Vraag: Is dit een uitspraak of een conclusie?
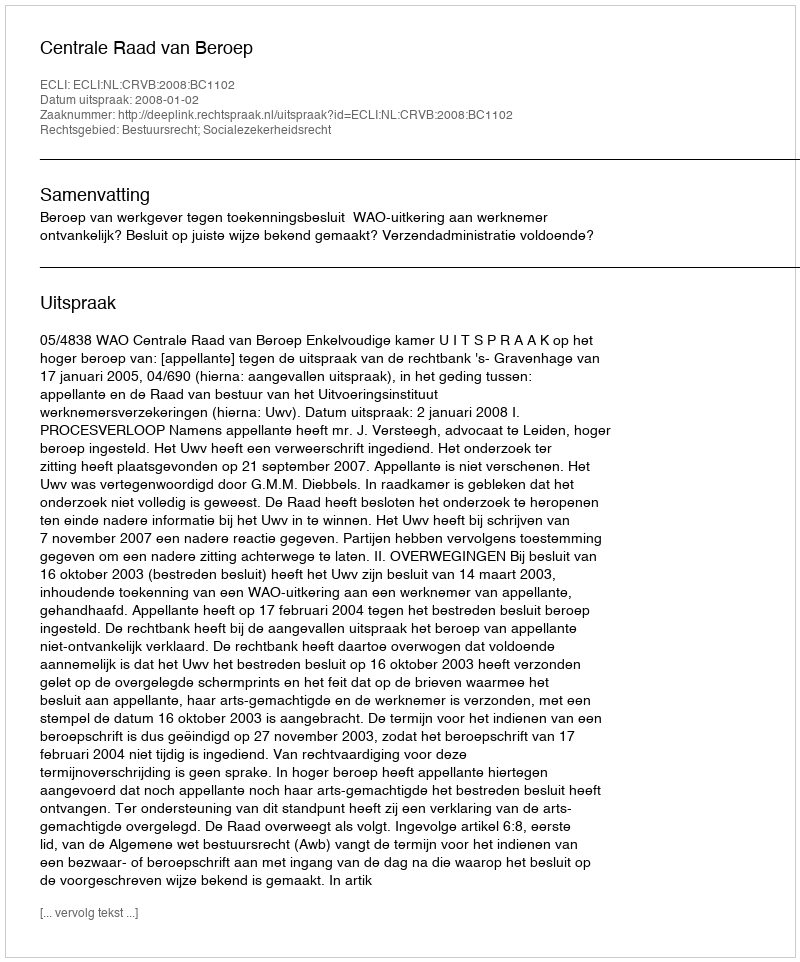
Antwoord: Uitspraak